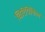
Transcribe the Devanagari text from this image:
चिरियिंकिल